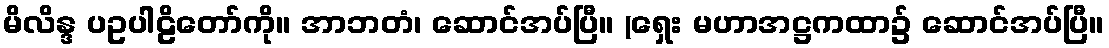
မိလိန္ဒ ပဥပါဠိတော်ကို။ အာဘတံ၊ ဆောင်အပ်ပြီ။ (ရှေး မဟာအဋ္ဌကထာ၌ ဆောင်အပ်ပြီ။